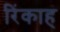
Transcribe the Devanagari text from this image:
रिंकाह